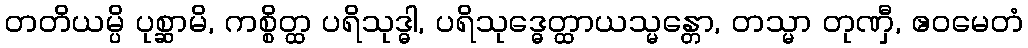
တတိယမ္ပိ ပုစ္ဆာမိ, ကစ္စိတ္ထ ပရိသုဒ္ဓါ, ပရိသုဒ္ဓေတ္ထာယသ္မန္တော, တသ္မာ တုဏှီ, ဧဝမေတံ